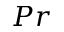
P r